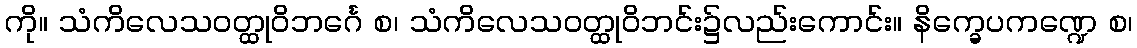
ကို။ သံကိလေသဝတ္ထုဝိဘင်္ဂေ စ၊ သံကိလေသဝတ္ထုဝိဘင်း၌လည်းကောင်း။ နိက္ခေပကဏ္ဍေ စ၊